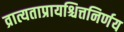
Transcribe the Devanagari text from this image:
व्रात्यताप्रायश्चित्तनिर्णय